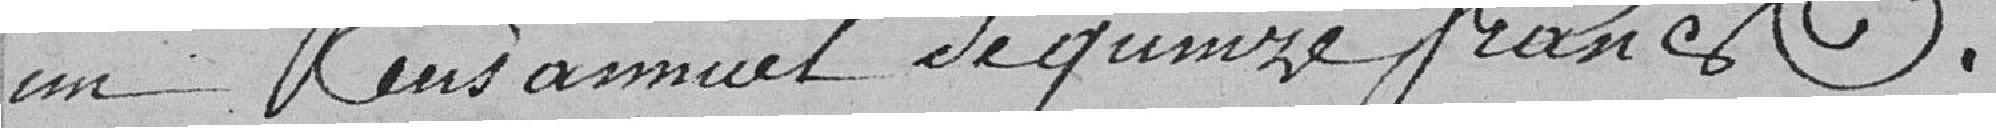
un Cent annuel de quinze francs .